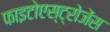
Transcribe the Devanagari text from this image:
फाइटोएस्ट्रोजेंस